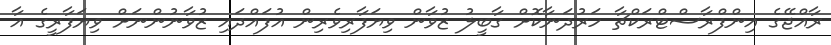
ރާއްޖޭގެ އިންފްރާސްޓްރަކްޗާ ހަރުދަނާކޮށް ގާބީލު ޒުވާން ވިޔަފާރިވެރިން އުފައްދައި ޒުވާނުންނަށް ވިޔަފާރީގެ އާ